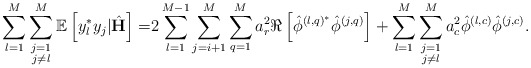
\begin{align*} \sum_{l=1}^M\sum\limits_{\substack{j=1\\j\neq l}}^M\mathbb{E}\left[y_l^* y_j|\hat{\mathbf{H}}\right]=&2\sum_{l=1}^{M-1}\sum_{j=i+1}^{M}\sum_{q=1}^M a_r^2\Re\left[\hat{\phi}^{\left(l,q\right)^*}\hat{\phi}^{\left(j,q\right)}\right]+\sum_{l=1}^M\sum\limits_{\substack{j=1\\j\neq l}}^M a_c^2\hat{\phi}^{\left(l,c\right)}\hat{\phi}^{\left(j,c\right)}.\end{align*}